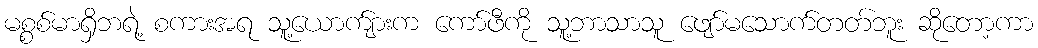
မစ္စစ်မာရှိဘရဲ့ စကားအရ သူ့ယောက်ျားက ကော်ဖီကို သူ့ဘာသာသူ ဖျော်မသောက်တတ်ဘူး ဆိုတော့ကာ